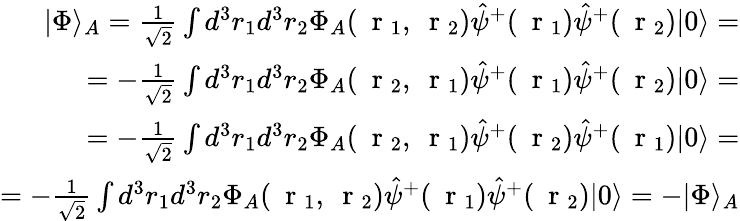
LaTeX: \begin{array}{r}{|\Phi\rangle_{A}=\frac{1}{\sqrt{2}}\int d^{3}r_{1}d^{3}r_{2}\Phi_{A}(\mathrm{~\mathbf~r~}_{1},\mathrm{~\mathbf~r~}_{2})\hat{\psi}^{+}(\mathrm{~\mathbf~r~}_{1})\hat{\psi}^{+}(\mathrm{~\mathbf~r~}_{2})|0\rangle=}\\ {=-\frac{1}{\sqrt{2}}\int d^{3}r_{1}d^{3}r_{2}\Phi_{A}(\mathrm{~\mathbf~r~}_{2},\mathrm{~\mathbf~r~}_{1})\hat{\psi}^{+}(\mathrm{~\mathbf~r~}_{1})\hat{\psi}^{+}(\mathrm{~\mathbf~r~}_{2})|0\rangle=}\\ {=-\frac{1}{\sqrt{2}}\int d^{3}r_{1}d^{3}r_{2}\Phi_{A}(\mathrm{~\mathbf~r~}_{2},\mathrm{~\mathbf~r~}_{1})\hat{\psi}^{+}(\mathrm{~\mathbf~r~}_{2})\hat{\psi}^{+}(\mathrm{~\mathbf~r~}_{1})|0\rangle=}\\ {=-\frac{1}{\sqrt{2}}\int d^{3}r_{1}d^{3}r_{2}\Phi_{A}(\mathrm{~\mathbf~r~}_{1},\mathrm{~\mathbf~r~}_{2})\hat{\psi}^{+}(\mathrm{~\mathbf~r~}_{1})\hat{\psi}^{+}(\mathrm{~\mathbf~r~}_{2})|0\rangle=-|\Phi\rangle_{A}}\end{array}